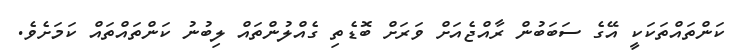
ކަންތައްތަކަކީ އޭގެ ސަބަބުން ރާއްޖެއަށް ވަރަށް ބޮޑެތި ގެއްލުންތައް ލިބުނު ކަންތައްތައް ކަަމަށެވެ.